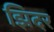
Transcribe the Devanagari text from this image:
झिदर